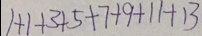
1 + 1 + 3 + 5 + 7 + 9 + 1 1 + 1 3